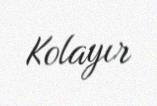
Kolayır